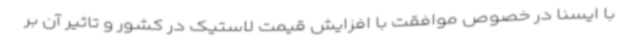
با ایسنا در خصوص موافقت با افزایش قیمت لاستیک در کشور و تاثیر آن بر